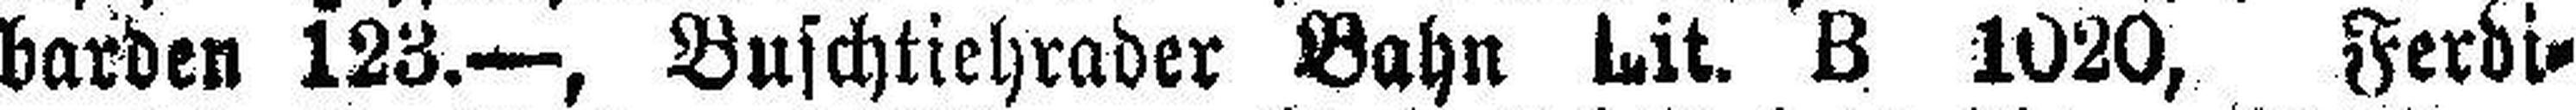
barden 123.—, Buschtiehrader Bahn Lit. B 1020, Ferdi¬